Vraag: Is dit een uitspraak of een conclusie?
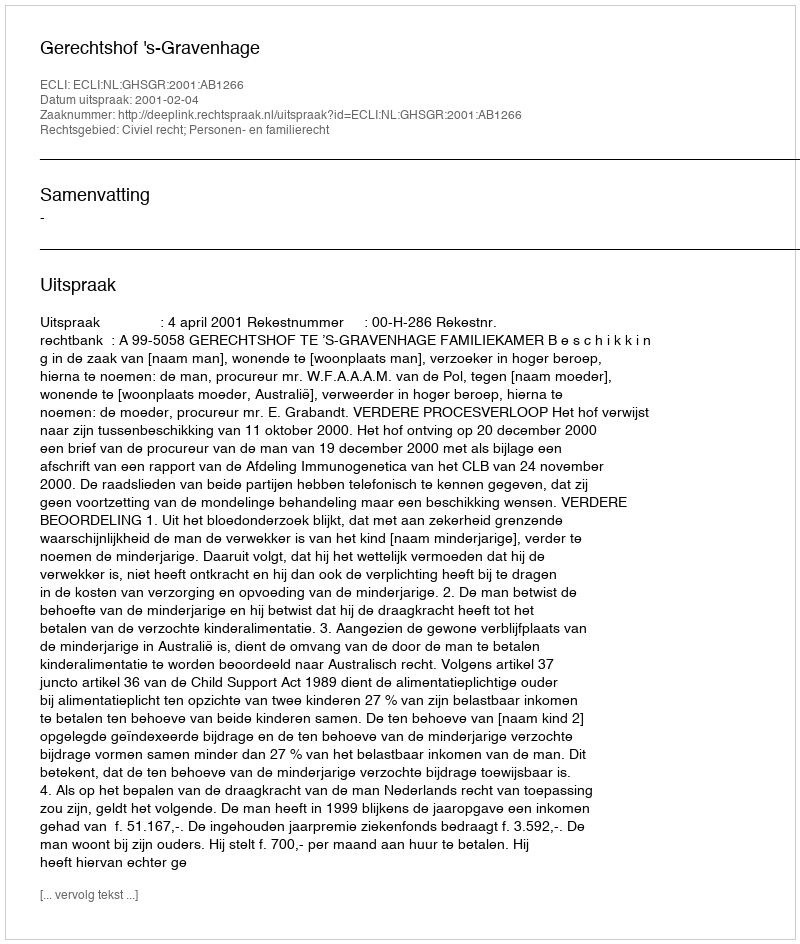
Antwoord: Uitspraak